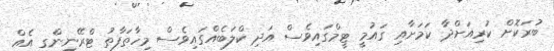
ބުރަކޮށް ކުރިއަށްދާ ކަމަށާއި ގައުމީ ޓީމްގައިވެސް އަދި ކްލަބެއްގައިވެސް މިހާތަފާތު ޓްރޭނިންގ އެއް